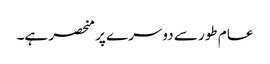
عام طور سے دوسرے پر منحصر ہے۔